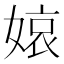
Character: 𡟓